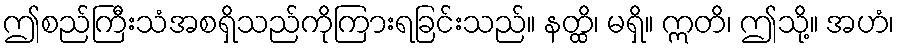
ဤစည်ကြီးသံအစရှိသည်ကိုကြားရခြင်းသည်။ နတ္ထိ၊ မရှိ။ ဣတိ၊ ဤသို့။ အဟံ၊